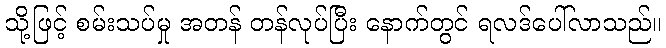
သို့ဖြင့် စမ်းသပ်မှု အတန် တန်လုပ်ပြီး နောက်တွင် ရလဒ်ပေါ်လာသည်။